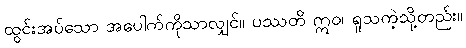
ထွင်းအပ်သော အပေါက်ကိုသာလျှင်။ ပဿတိ ဣဝ၊ ရူသကဲ့သို့တည်း။